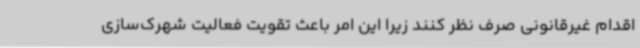
اقدام غیرقانونی صرف نظر کنند زیرا این امر باعث تقویت فعالیت شهرک‌سازی